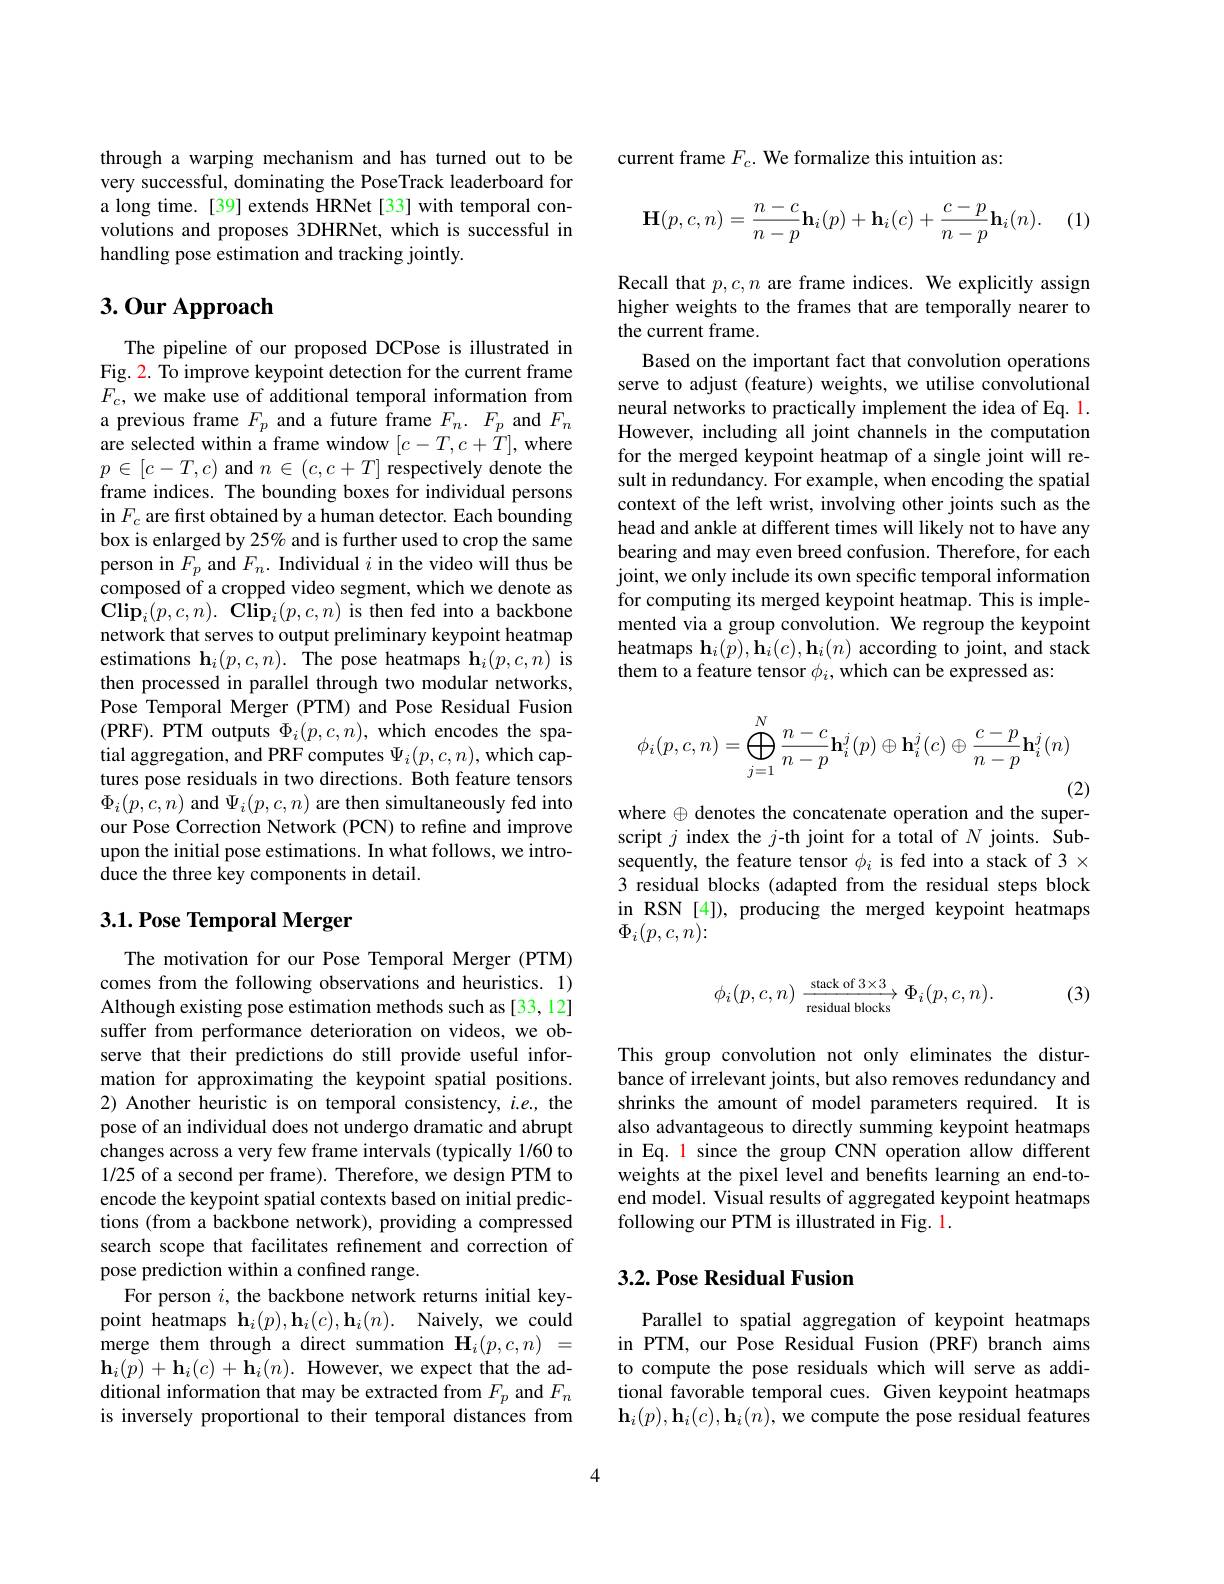
through a warping mechanism and has turned out to be very successful, dominating the PoseTrack leaderboard for a long time. [39] extends HRNet [33] with temporal convolutions and proposes 3DHRNet, which is successful in handling pose estimation and tracking jointly.

# 3.0ur Approach

The pipeline of our proposed DCPose is illustrated in Fig. 2. To improve keypoint detection for the current frame $F_c$, we make use of additional temporal information from a previous frame $F_p$ and a future frame $F_n.$ $F_p$ and $F_n$ are selected within a frame window $[c-T,c+\dot{T}]$, where $p\in[c-T,c)$ and $n\in(c,c+T]$ respectively denote the frame indices. The bounding boxes for individual persons in $F_c$ are first obtained by a human detector. Each bounding box is enlarged by 25% and is further used to crop the same person in $F_{p}$ and $F_{n}.$ Individual $i$ in the video will thus be composed of a cropped video segment, which we denote as $\mathbf{Clip}_{i}(p,c,n).\textbf{Clip}_{i}(p,c,n)$ is then fed into a backbone network that serves to output preliminary keypoint heatmap estimations $\mathbf{h}_i(p,c,n).$ The pose heatmaps h$_i(p,c,n)$ is then processed in parallel through two modular networks, Pose Temporal Merger (PTM) and Pose Residual Fusion (PRF).PTM outputs $\Phi_i(p,c,n)$, which encodes the spatial aggregation, and PRF computes $\Psi_i(p,c,n)$, which captures pose residuals in two directions. Both feature tensors $\Phi_{i}(p,c,n)$ and $\Psi_i(p,c,n)$ are then simultaneously fed into our Pose Correction Network (PCN) to refine and improve upon the initial pose estimations. In what follows, we introduce the three key components in detail.

## 3.1. Pose Temporal Merger

The motivation for our Pose Temporal Merger (PTM) comes from the following observations and heuristics. 1) Although existing pose estimation methods such as [33,12] suffer from performance deterioration on videos, we observe that their predictions do still provide useful information for approximating the keypoint spatial positions. 2) Another heuristic is on temporal consistency, $i.e.$, the pose of an individual does not undergo dramatic and abrupt changes across a very few frame intervals (typically 1/60 to 1/25 of a second per frame). Therefore, we design PTM to encode the keypoint spatial contexts based on initial predictions (from a backbone network), providing a compressed search scope that facilitates refinement and correction of pose prediction within a confined range.
For person $i$, the backbone network returns initial keypoint heatmaps $\mathbf{h} _i( p) , \mathbf{h} _i( c) , \mathbf{h} _i( n) .$ Naively,we could merge them through a direct summation $\mathbf{H}_i(p,c,n)=$ $\mathbf{h}_{i}(p)+\mathbf{h}_{i}(c)+\mathbf{h}_{i}(n).$However, we expect that the additional information that may be extracted from $F_p$ and $F_n$ is inversely proportional to their temporal distances from

current frame $F_c.$ We formalize this intuition as:

(1)
$$\mathbf{H}(p,c,n)=\frac{n-c}{n-p}\mathbf{h}_i(p)+\mathbf{h}_i(c)+\frac{c-p}{n-p}\mathbf{h}_i(n).$$
Recall that $p,c,n$ are frame indices. We explicitly assign higher weights to the frames that are temporally nearer to the current frame.
Based on the important fact that convolution operations serve to adjust (feature) weights, we utilise convolutional neural networks to practically implement the idea of Eq. 1. However, including all joint channels in the computation for the merged keypoint heatmap of a single joint will result in redundancy. For example, when encoding the spatial context of the left wrist, involving other joints such as the head and ankle at different times will likely not to have any bearing and may even breed confusion. Therefore, for each joint, we only include its own specific temporal information for computing its merged keypoint heatmap. This is implemented via a group convolution. We regroup the keypoint heatmaps $\mathbf{h}_i(p),\mathbf{h}_i(c),\mathbf{h}_i(n)$ according to joint, and stack them to a feature tensor $\phi_i$, which can be expressed as:
$$\phi_i(p,c,n)=\bigoplus_{j=1}^N\frac{n-c}{n-p}\mathbf{h}_i^j(p)\oplus\mathbf{h}_i^j(c)\oplus\frac{c-p}{n-p}\mathbf{h}_i^j(n)$$
(2)

where $\oplus$ denotes the concatenate operation and the superscript $j$ index the $j$-th joint for a total of $N$ joints. Subsequently, the feature tensor $\phi_i$ is fed into a stack of 3 x 3 residual blocks (adapted from the residual steps block in RSN [4]), producing the merged keypoint heatmaps $\Phi_{i}(p,c,n)\colon$

(3)
$$\phi_i(p,c,n)\xrightarrow[\text{residual blocks}]{\text{stack of}3\times3}\Phi_i(p,c,n).$$
This group convolution not only eliminates the disturbance of irrelevant joints, but also removes redundancy and shrinks the amount of model parameters required. It is also advantageous to directly summing keypoint heatmaps in Eq. 1 since the group CNN operation allow different weights at the pixel level and benefits learning an end-toend model. Visual results of aggregated keypoint heatmaps following our PTM is illustrated in Fig. 1.

## 3.2. Pose Residual Fusion

Parallel to spatial aggregation of keypoint heatmaps in PTM, our Pose Residual Fusion (PRF) branch aims to compute the pose residuals which will serve as additional favorable temporal cues. Given keypoint heatmaps $\mathbf{h}_i(p),\mathbf{h}_i(c),\mathbf{h}_i(n)$,we compute the pose residual features

4